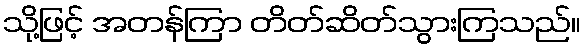
သို့ဖြင့် အတန်ကြာ တိတ်ဆိတ်သွားကြသည်။